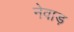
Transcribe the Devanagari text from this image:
नेवाड़